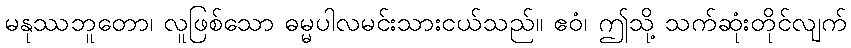
မနုဿဘူတော၊ လူဖြစ်သော ဓမ္မပါလမင်းသားငယ်သည်။ ဧဝံ၊ ဤသို့ သက်ဆုံးတိုင်လျက်